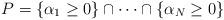
LaTeX: \begin{align*}P=\{\alpha_1\geq 0\}\cap\cdots\cap\{\alpha_N\geq 0\}\end{align*}